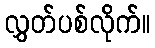
လွှတ်ပစ်လိုက်။